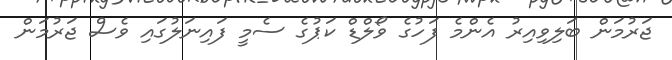
ޖަރުމަން ބަލިވިއިރު އެންމެ ފަހުގެ ވޯލްޑް ކަޕުގެ ސެމީ ފައިނަލުގައި ވެސް ޖަރުމަން